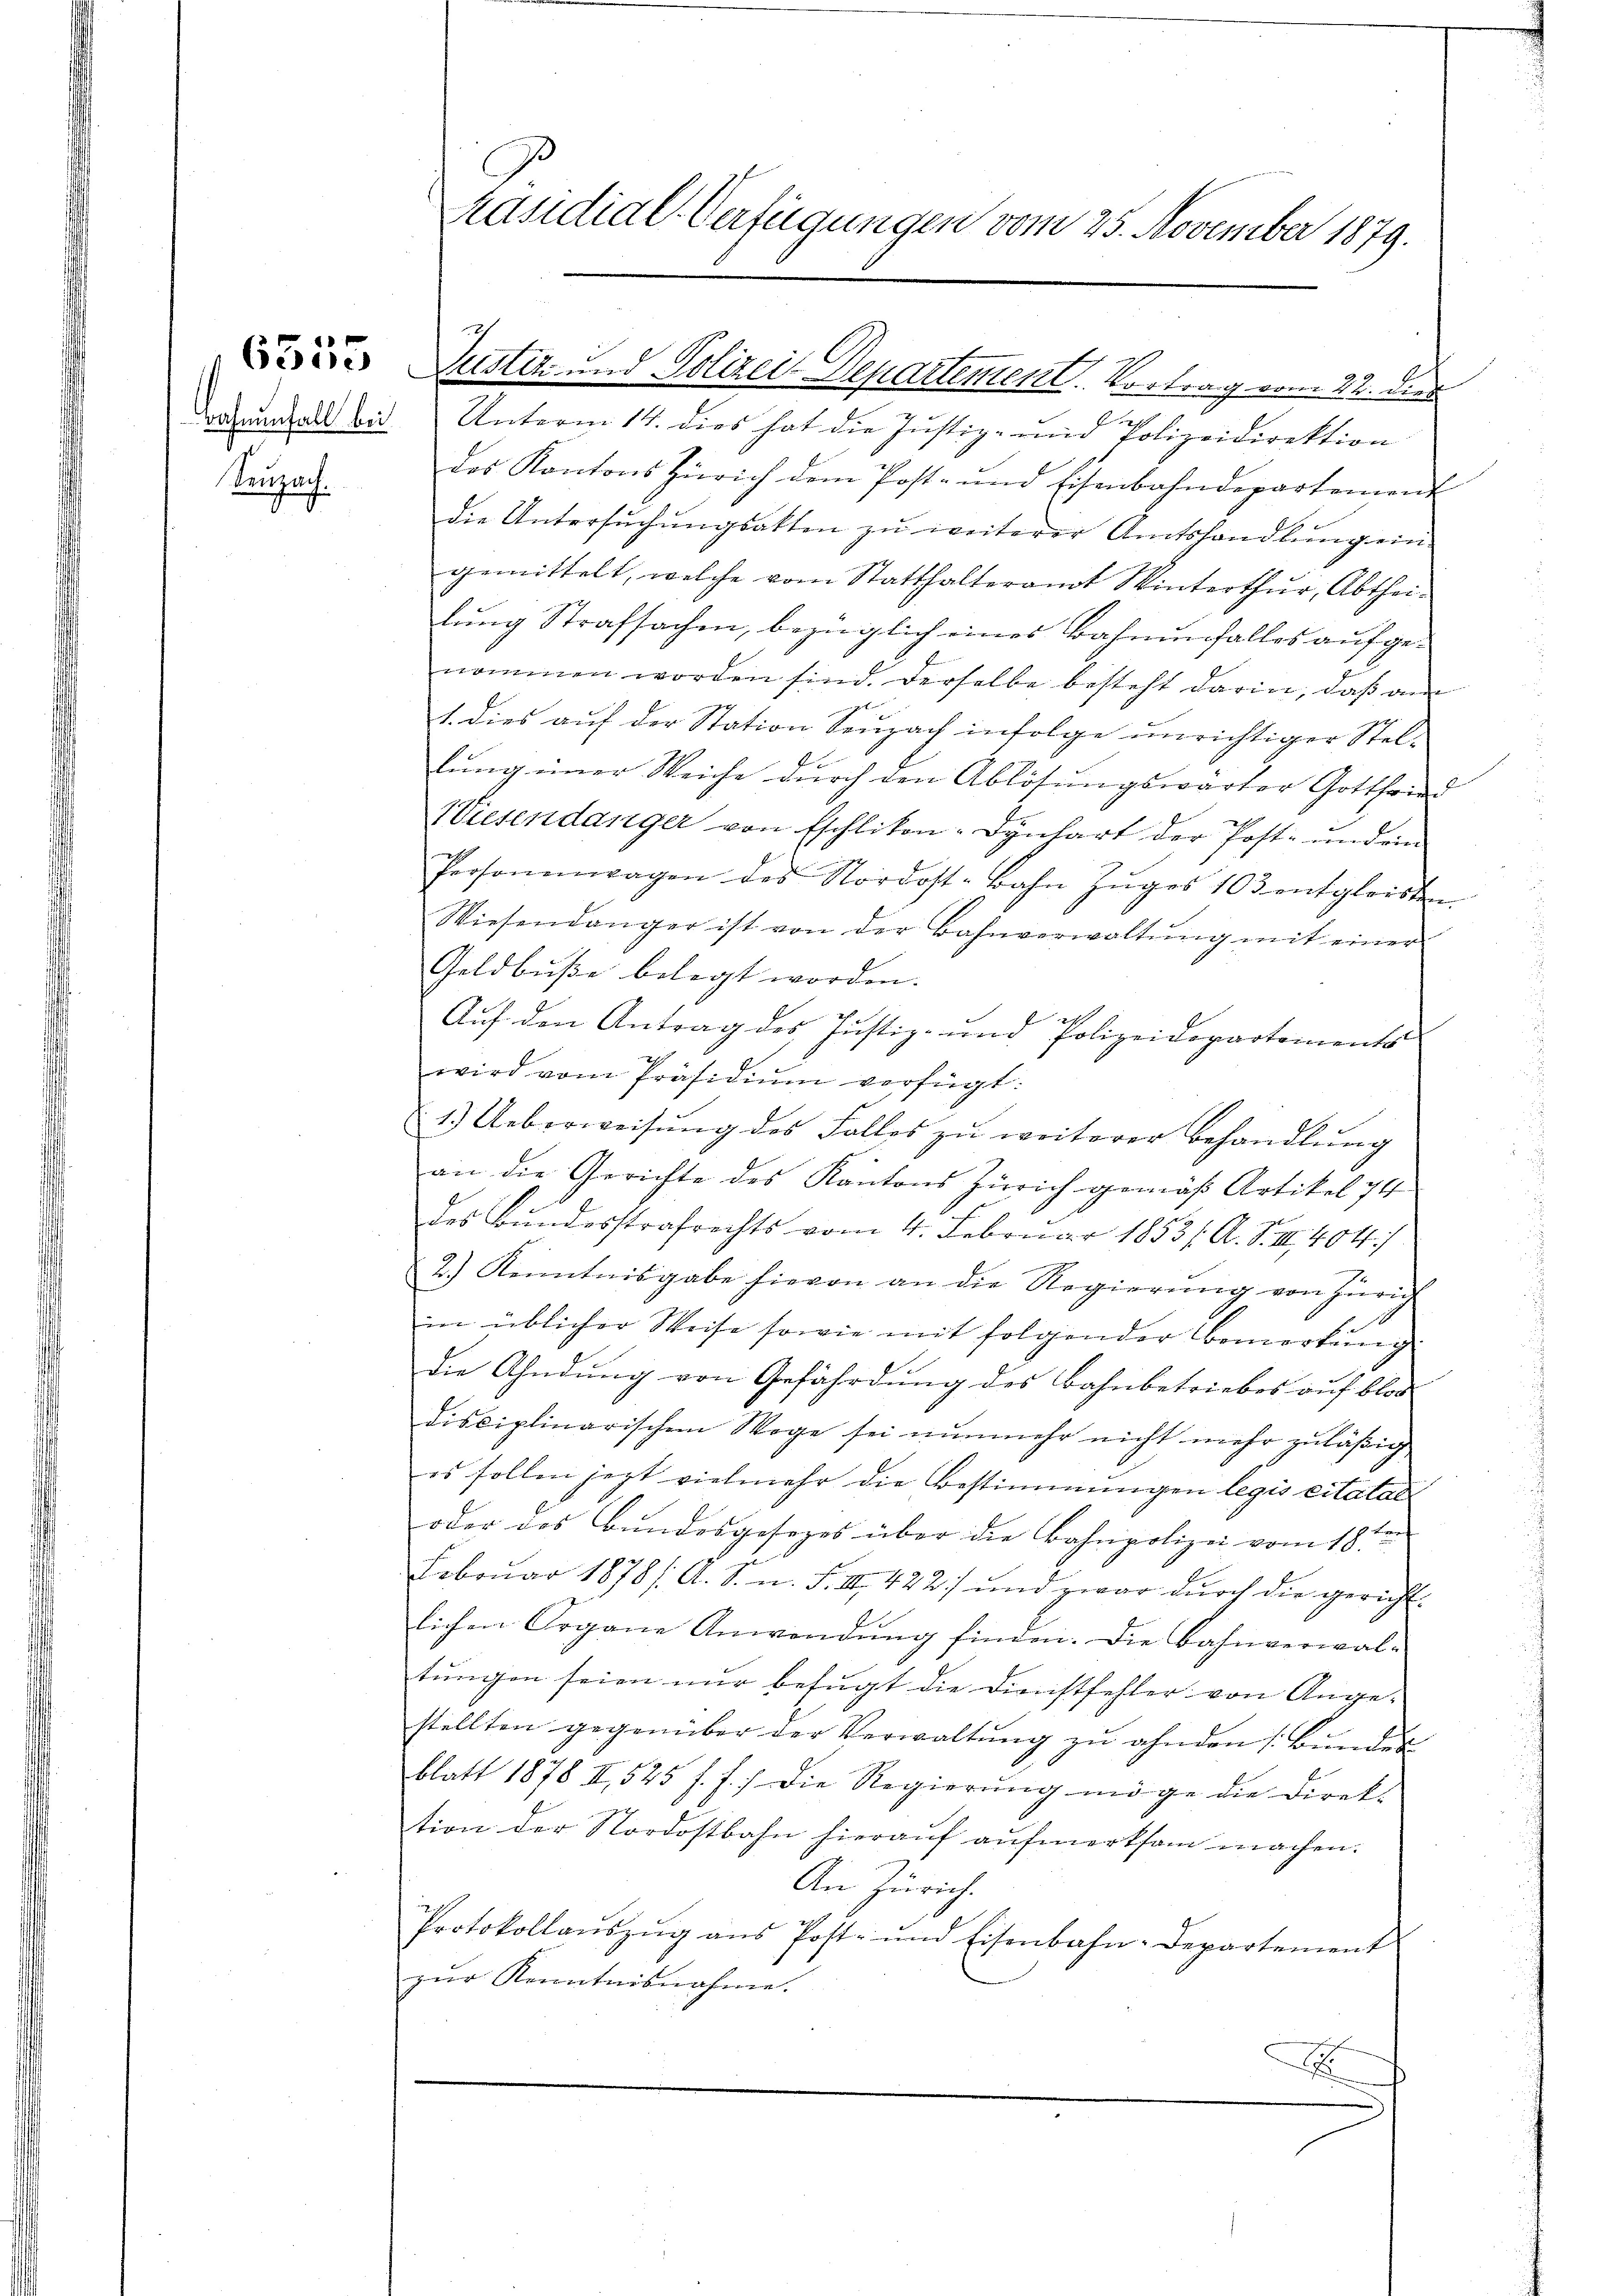
Seuzach.

räsidial-Verfügungen vom 25. November 1879.

Justiz und Polizei-Departement. Vortrag vom 22. dies

anhall bis Unterm 14. dies hat die Justiz- und Polizeidirektion
das Kantons Zürich dem Post- und Eisenbahndepartement
die Untersŭchŭngsakten zŭ weiterer Amtshandlŭng ein.
gemittelt, welche vom Statthalteramt Winterthŭr, Abthei-
lung Strafsachen, bezüglich eines Bahnenfalles aufgenommen worden sind. Derselbe besteht darin, daß am
1. dies auf der Station Seuzach infolge unrichtiger Stellŭng einer Weiche dŭrch den Ablösungswärter Gottfried
Wiesendanger von Eschlikon-Dynhart der Post- und ein
Personenwagen des Nordost-Bahn Zŭges 10 3 entgleisten
Wiesendanger ist von der Bahnverwaltŭng mit einer
Geldbŭβe belegt worden.
F
Auf den Antrag des Justiz- und Polizeidepartements
wird vom Präsidiŭm verfügt:
1.) Ueberweisŭng des Falles zŭ weiterer Behandlŭng
an die Gerichte des Kantons Zürich gemäß Artikel 74
des Bundesstrafrechts vom 4. Februar 1853 /: A. S. III 404/
2.) Kenntnisgabe hievon an die Regierŭng von Zürich
in üblicher Weise sowie mit folgender Bemerkŭng
die Ahndung von Gefährdung des Bahnbetriebes auf blos
disciplinarischen Wege sei nunmehr nicht mehr zuläßig
es sollen jezt vielmehr die Bestimmungen legis citatat
Bref
oder das Bundesgesezes über die Bahnpolizei vom 18.
Februar 1878/: A. S. n. F. III 422) und zwar durch die gerichtlichen Organe Anwendung finden. Die Bahnverwaltungen seien nur befugt die Dienstfehler von Angestellten gegenüber der Verwaltŭng zŭ ahnden Bŭndes
blatt 1878 II 525 f. J. die Regierŭng möge die Direk-
tion der Nordostbahn hieraŭf aŭfmerksam machen.
An Zürich
Protokollaŭszŭg ans Post- und Eisenbahn-Departement
zur Kenntnisnahme.
x